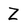
Character: Z